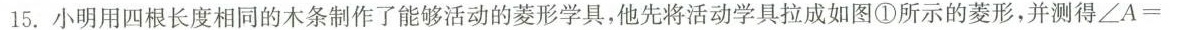
15. 小明用四根长度相同的木条制作了能够活动的菱形学具，他先将活动学具拉成如图①所示的菱形，并测得$$∠ A =